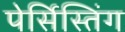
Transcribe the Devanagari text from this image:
पेर्सिस्तिंग